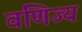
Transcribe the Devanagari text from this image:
वणिज्य